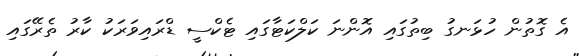
އެ ގޮތުން ހުޅަނގު ބިތުގައި އޮންނަ ކަލްކަޓާގައި ޓެކްސީ ޑްރައިވަރަކު ކާރު ތެރޭގައި